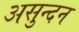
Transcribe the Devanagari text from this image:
असुन्दन